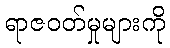
ရာဇဝတ်မှုများကို